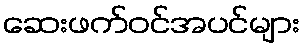
ဆေးဖက်ဝင်အပင်များ